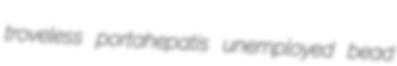
troveless portahepatis unemployed bead